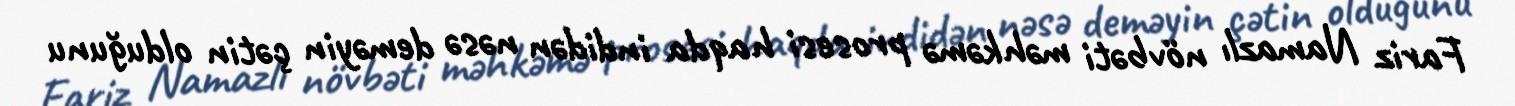
Fariz Namazlı növbəti məhkəmə prosesi haqda indidən nəsə deməyin çətin olduğunu